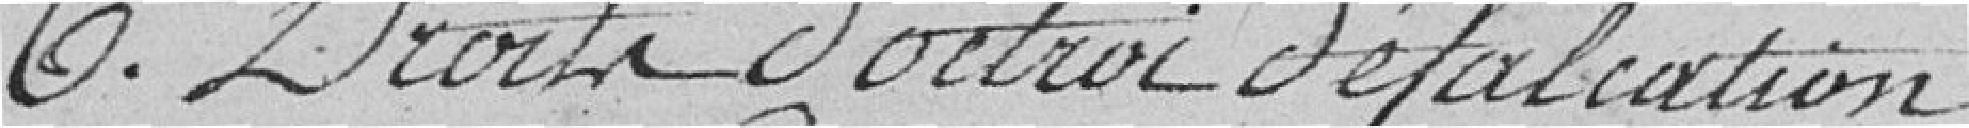
6. Droit d'octroi défalcation